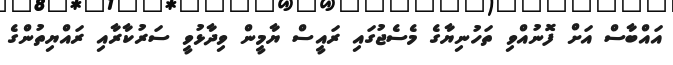
އައްބާސް އަށް ފޮނުއްވި ތަހުނިޔާގެ މެސެޖުގައި ރައީސް ޔާމީން ވިދާޅުވީ ސަރުކާރާއި ރައްޔިތުންގެ